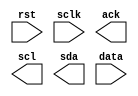
module ptosda(rst,sclk,ack,scl,sda,data);
input sclk,rst;
input [3:0] data;
output ack,scl,sda;
reg scl,link_sda,ack,sdabuf;
reg [3:0] databuf;


endmodule